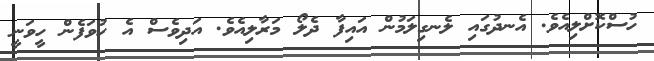
ހުސްކޮށްލިއެވެ. އެނދުގައި ލެނގިލަމުން އައިފާ ދެލޯ މަރާލިއެވެ. އަދިވެސް އެ ހުވަފެން ހީވަނީ